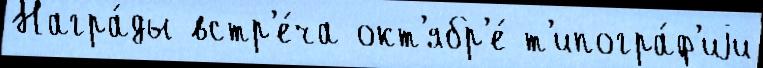
Награ́ды встр'е́ча окт'ябр'е́ т'ипогра́ф'иjи